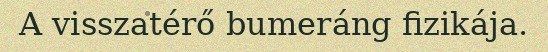
A visszatérő bumeráng fizikája.